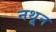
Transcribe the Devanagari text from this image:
नथून